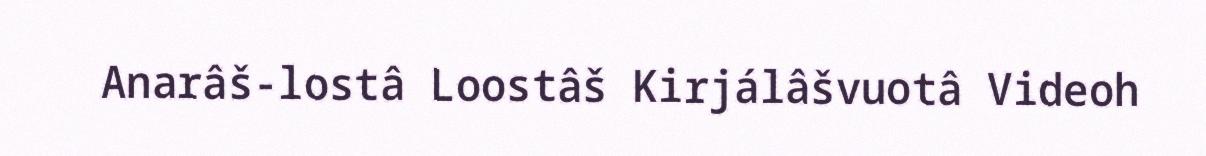
Anarâš-lostâ Loostâš Kirjálâšvuotâ Videoh